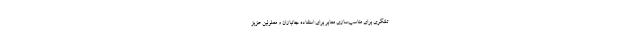
تلنگری برای مناسب‌سازی معابر برای استفاده جانبازان و معلولین عزیز